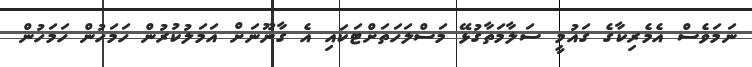
ނަމަވެސް އެމެރިކާގެ ގައުމީ ސަލާމަތާގުޅޭ މަސްލަހަތަށްޓަކައި އެ ގާނޫނަށް އަމަލުކުރުން ހަމަހުން ހަމަހުން